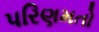
પરિણમતો